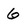
Character: 6